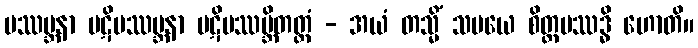
ပဿမ္ဘနာ ပဋိပဿမ္ဘနာ ပဋိပဿမ္ဘိတတ္တံ - အယံ တသ္မိံ သမယေ စိတ္တပဿဒ္ဓိ ဟောတိ။